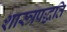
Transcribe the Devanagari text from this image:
शास्त्रपद्धति